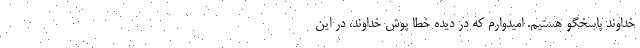
خداوند پاسخگو هستیم. امیدوارم که در دیده خطا پوش خداوند،‌ در این